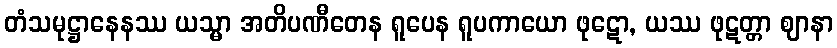
တံသမုဋ္ဌာနေနဿ ယသ္မာ အတိပဏီတေန ရူပေန ရူပကာယော ဖုဋော, ယဿ ဖုဋတ္တာ ဈာနာ